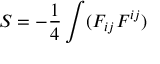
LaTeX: S = - \frac 1 4 \int ( F _ { i j } F ^ { i j } )